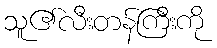
သူ၏လီးတန်ကြီးကို